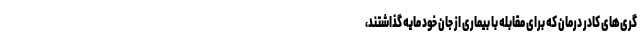
گری‌های کادر درمان که برای مقابله با بیماری از جان خود مایه گذاشتند،